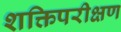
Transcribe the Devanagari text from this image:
शक्तिपरीक्षण